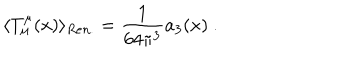
\langle T _ { \mu } ^ { \mu } ( x ) \rangle _ { R e n . } = \frac 1 { 6 4 \pi ^ { 3 } } a _ { 3 } ( x ) \ .